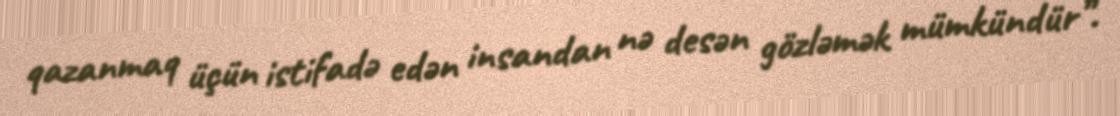
qazanmaq üçün istifadə edən insandan nə desən gözləmək mümkündür”.